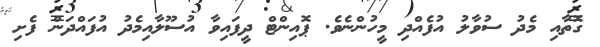
ގޮތާއި މެދު ސުވާލު އުފެއްދި މީހުންނެވެ. ޕޮއިންޓް ދީފައިވާ އުސޫލާއިމެދު އުފައްދަން ފެށި